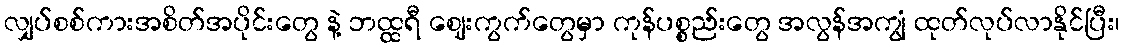
လျှပ်စစ်ကားအစိတ်အပိုင်းတွေ နဲ့ ဘထ္ထရီ ဈေးကွက်တွေမှာ ကုန်ပစ္စည်းတွေ အလွန်အကျွံ ထုတ်လုပ်လာနိုင်ပြီး၊